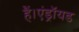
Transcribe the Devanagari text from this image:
हैं।एंड्रॉयड